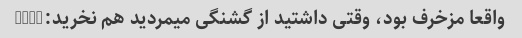
واقعا مزخرف بود، وقتی داشتید از گشنگی میمردید هم نخرید:))))